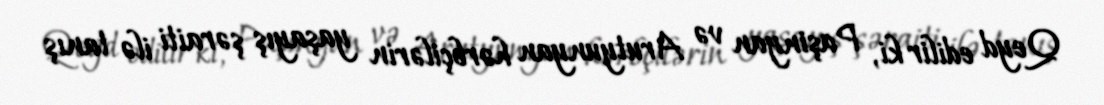
Qeyd edilir ki, Paşinyan və Arutyunyan hərbçilərin yaşayış şəraiti ilə tanış